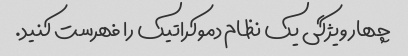
چهار ویژگی یک نظام دموکراتیک را فهرست کنید.